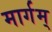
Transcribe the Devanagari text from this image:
मार्गम्